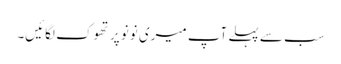
سب سے پہلے آپ میری نونو پر تھوک لگائیں۔